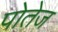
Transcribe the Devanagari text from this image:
पोतेज